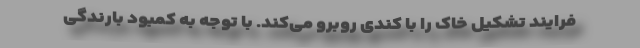
فرایند تشکیل خاک را با کندی روبرو می‌کند. با توجه به کمبود بارندگی